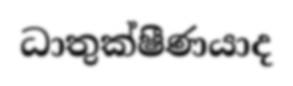
ධාතුක්ෂීණයාද